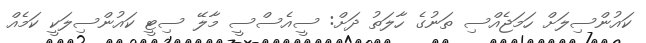
ކައުންސިލަށް ހަމަޖެއްސި ތަނުގެ ހާލަތު ދަށް: ސީއެސްސީ މާލޭ ސިޓީ ކައުންސިލަކީ ކަމެއް